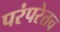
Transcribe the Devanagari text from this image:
परंपरेतच